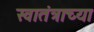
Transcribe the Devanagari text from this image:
स्वातंत्राच्या